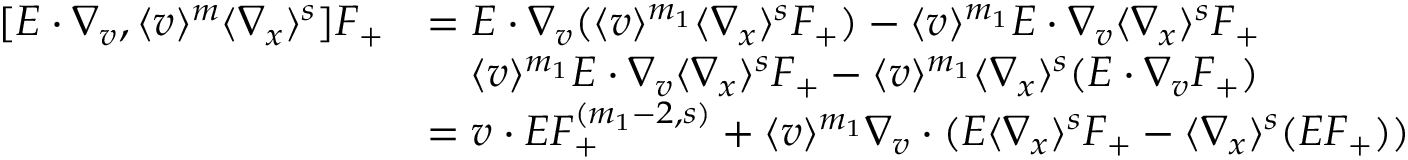
\begin{array} { r l } { [ E \cdot \nabla _ { v } , \langle v \rangle ^ { m } \langle \nabla _ { x } \rangle ^ { s } ] F _ { + } } & { = E \cdot \nabla _ { v } ( \langle v \rangle ^ { m _ { 1 } } \langle \nabla _ { x } \rangle ^ { s } F _ { + } ) - \langle v \rangle ^ { m _ { 1 } } E \cdot \nabla _ { v } \langle \nabla _ { x } \rangle ^ { s } F _ { + } } \\ & { \quad \langle v \rangle ^ { m _ { 1 } } E \cdot \nabla _ { v } \langle \nabla _ { x } \rangle ^ { s } F _ { + } - \langle v \rangle ^ { m _ { 1 } } \langle \nabla _ { x } \rangle ^ { s } ( E \cdot \nabla _ { v } F _ { + } ) } \\ & { = v \cdot E F _ { + } ^ { ( m _ { 1 } - 2 , s ) } + \langle v \rangle ^ { m _ { 1 } } \nabla _ { v } \cdot ( E \langle \nabla _ { x } \rangle ^ { s } F _ { + } - \langle \nabla _ { x } \rangle ^ { s } ( E F _ { + } ) ) } \end{array}